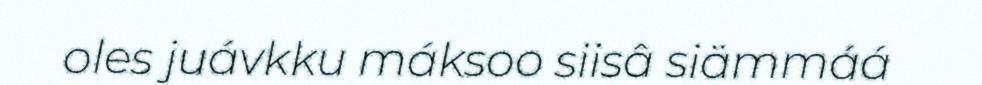
oles juávkku máksoo siisâ siämmáá